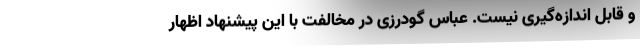
و قابل اندازه‌گیری نیست. عباس گودرزی در مخالفت با این پیشنهاد اظهار